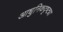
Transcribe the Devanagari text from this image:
आधुनिकदृष्ट्या